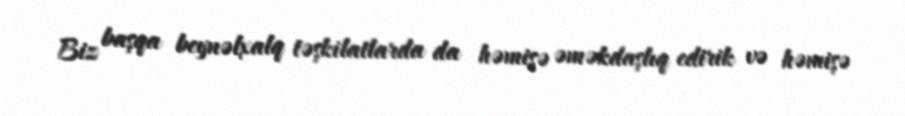
Biz başqa beynəlxalq təşkilatlarda da həmişə əməkdaşlıq edirik və həmişə